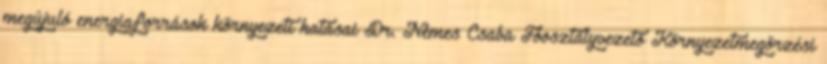
megújuló energiaforrások környezeti hatásai Dr. Nemes Csaba Főosztályvezető Környezetmegőrzési